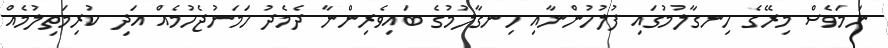
ނަމަވެސް މިރޭގެ ހިނގާލުމުގައި ފުލުހުންނާއި ހިނގާލުމުގެ ބައިވެރިންނާ ދެމެދު ހަމަނުޖެހުމެއް އަދި ކުރިމަތިލުމެއް